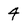
Character: 4